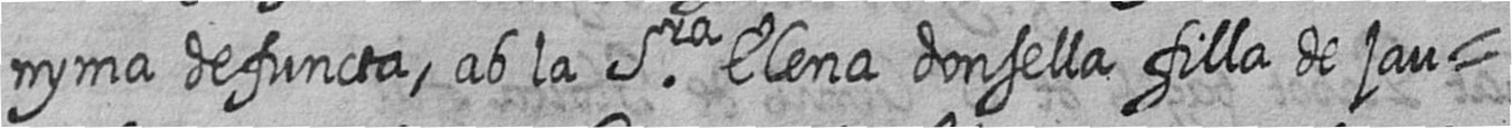
nyma defuncta ab la Sra Elena donsella filla de jau=